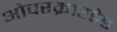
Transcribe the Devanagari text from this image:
ओवरक्राउडेड